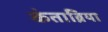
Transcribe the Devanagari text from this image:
कंताब्रिया